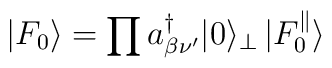
|F_0 \rangle = \prod a^{\dagger}_{\beta \nu'} | 0 \rangle_{\bot} \,  | F_0^{\parallel} \rangle